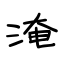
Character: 淹